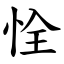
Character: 恮